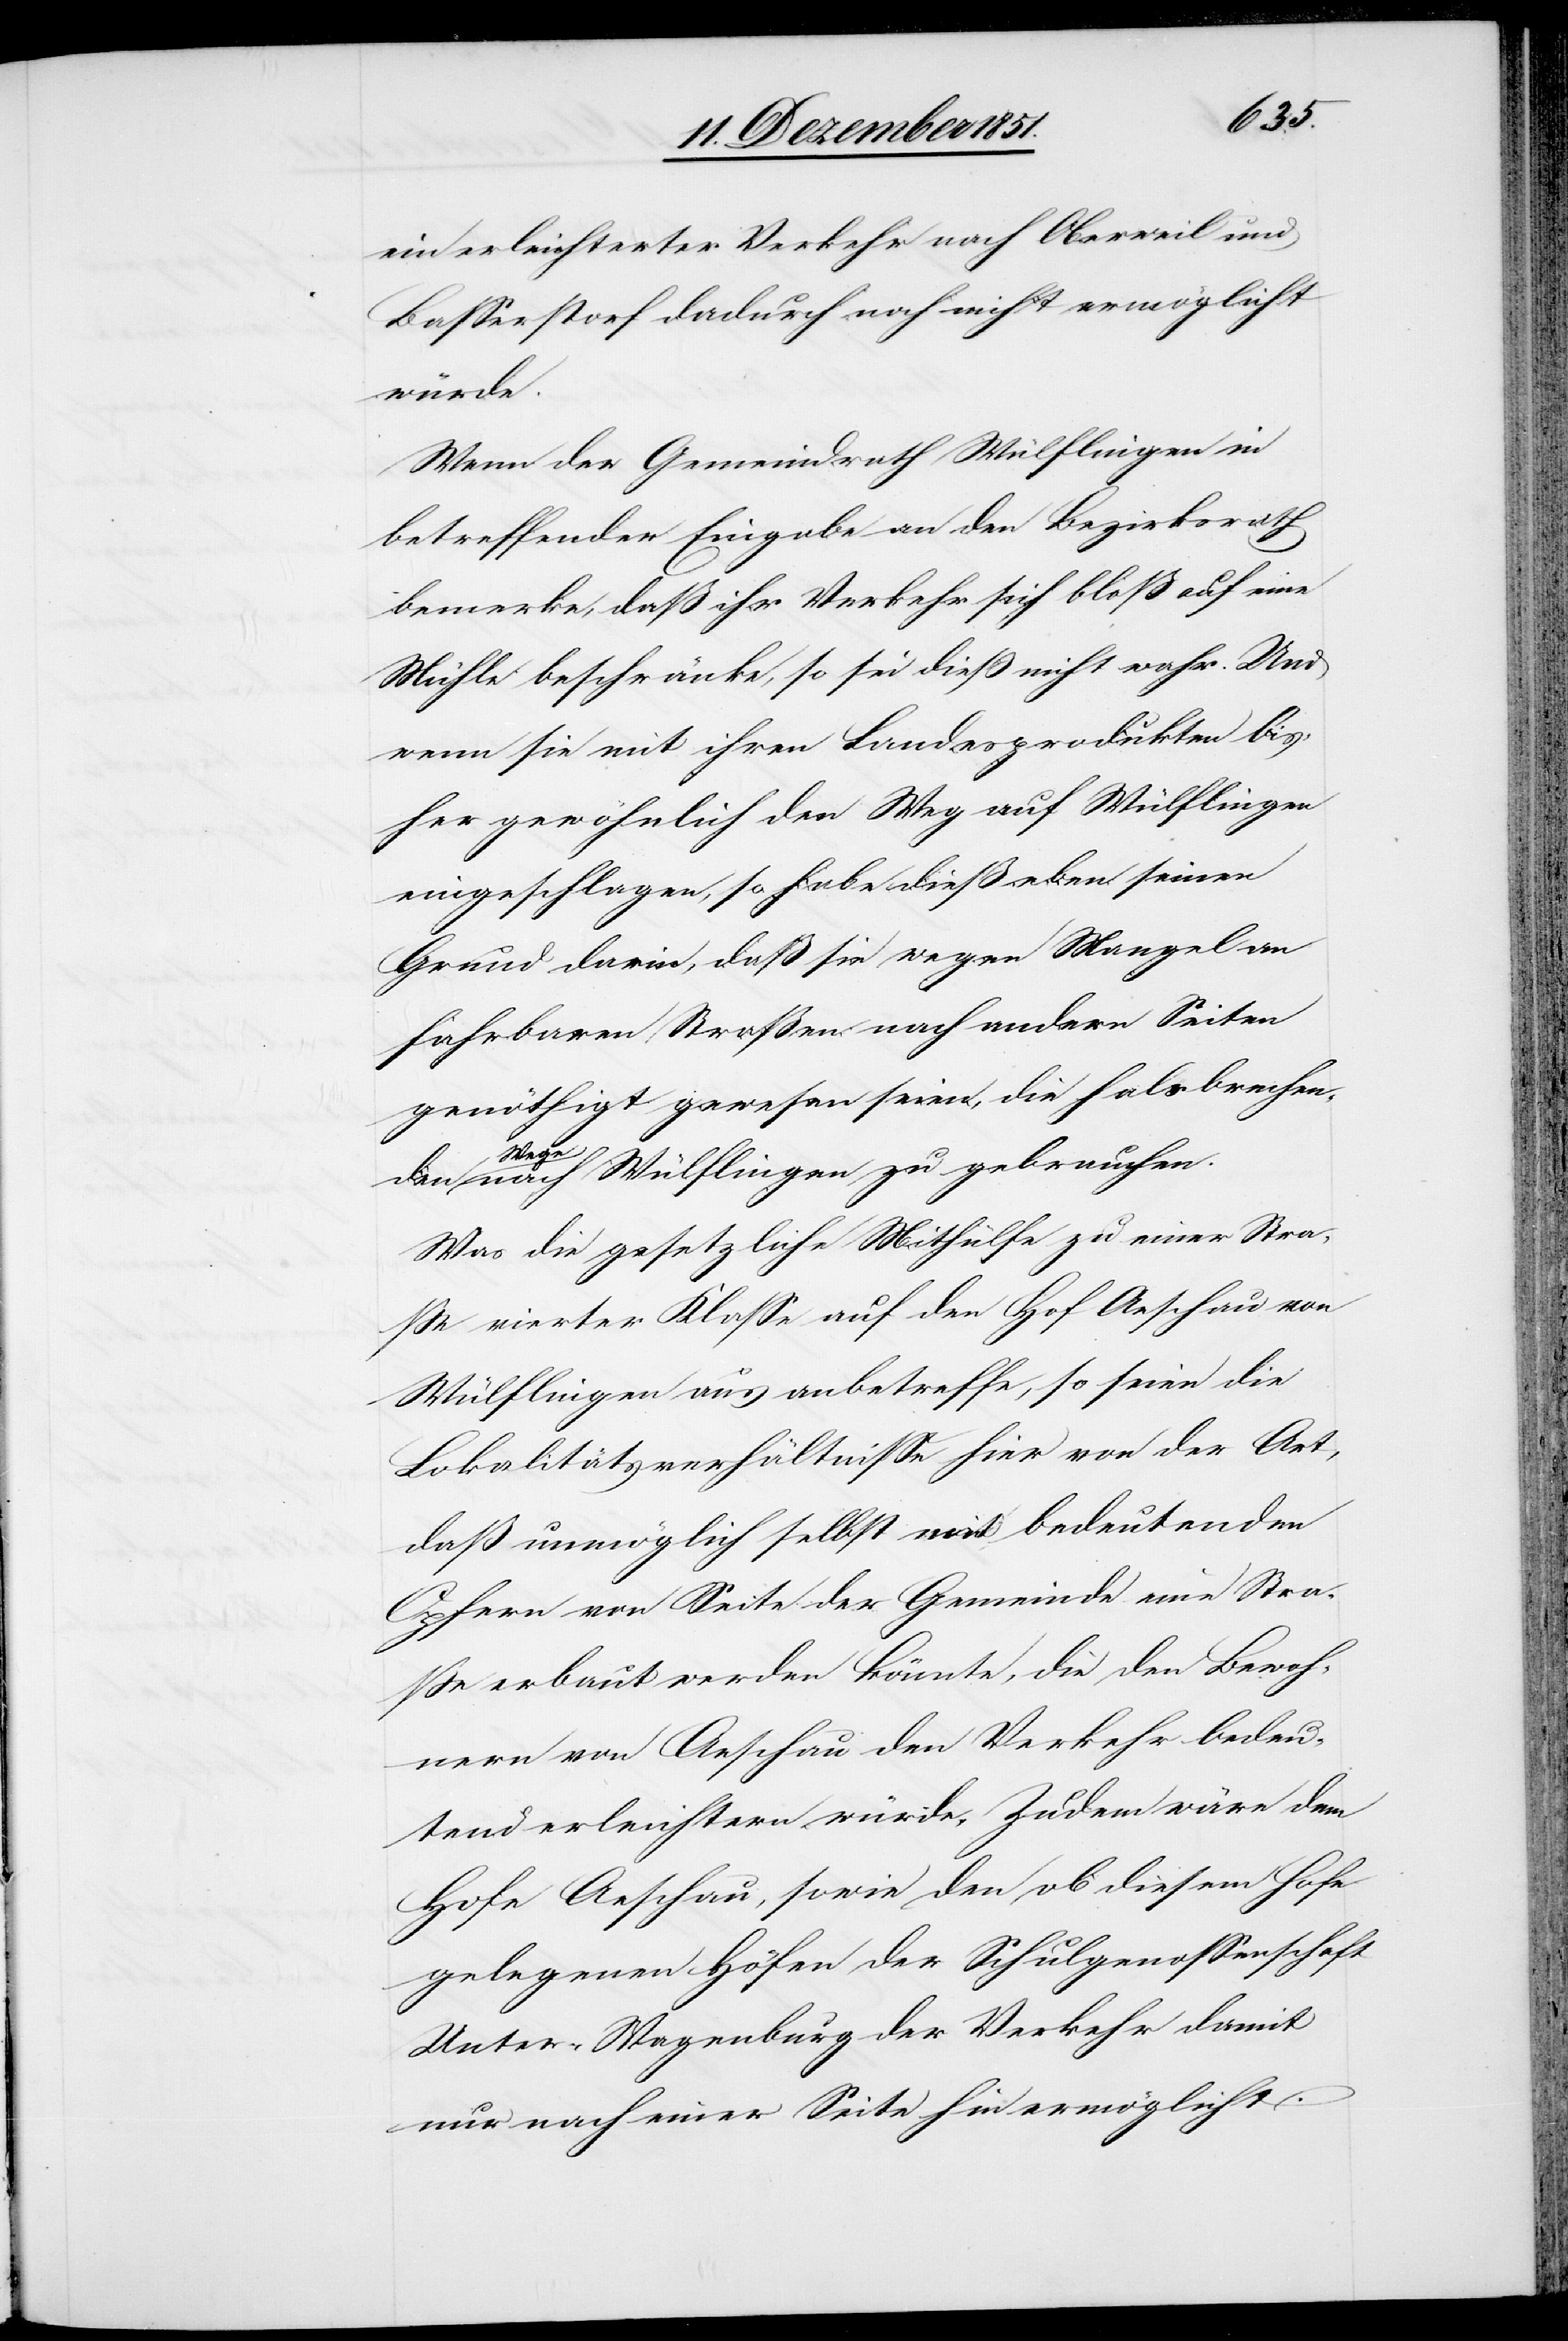
ein erleichterter Verkehr nach Oberweil und
Basserstorf dadurch noch nicht ermöglicht
würde.
Wenn der Gemeindrath Wülflingen in
betreffender Eingabe an den Bezirksrath
bemerke, daß ihr Verkehr sich bloß auf eine
Mühle beschränke, so sei dieß nicht wahr. Und
wenn sie mit ihren Landesprodukten bis¬
her gewöhnlich den Weg auf Wülflingen
eingeschlagen, so habe dieß eben seinen
Grund darin, daß sie wegen Mangel an
fahrbaren Straßen nach andern Seiten
genöthigt gewesen seien, die halsbrechen¬
den We¬
ge nach Wülflingen zu gebrauchen.
Was die gesetzliche Mithülfe zu einer Stra¬
ße vierter Klasse auf den Hof Aeschau von
Wülflingen aus anbetreffe, so seien die
Lokalitätsverhältnisse hier von der Art,
daß unmöglich selbst mit bedeutenden
Opfern von Seite der Gemeinde eine Stra¬
ße erbaut werden könnte, die den Bewoh¬
nern von Aeschau den Verkehr bedeu¬
tend erleichtern würde. Zudem wäre dem
Hofe Aeschau, sowie den ob diesem Hofe
gelegenen Höfen der Schulgenossenschaft
Unter-Wagenburg der Verkehr damit
nur nach einer Seite hin ermöglicht.